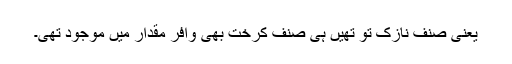
یعنی صنف نازک تو تھیں ہی صنف کرخت بھی وافر مقدار میں موجود تھی۔